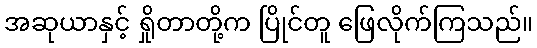
အဆုယာနှင့် ရှိုတာတို့က ပြိုင်တူ ဖြေလိုက်ကြသည်။